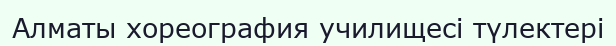
Алматы хореография училищесі түлектері